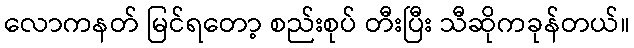
လောကနတ် မြင်ရတော့ စည်းစုပ် တီးပြီး သီဆိုကခုန်တယ်။